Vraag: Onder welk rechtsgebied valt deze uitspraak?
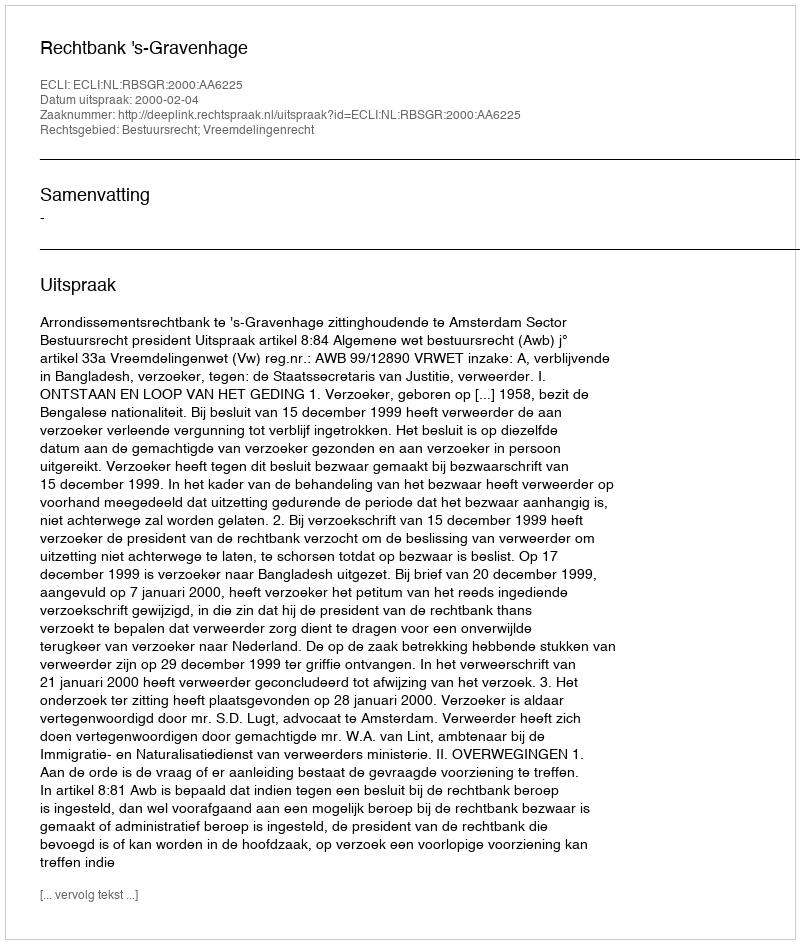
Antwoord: Bestuursrecht; Vreemdelingenrecht